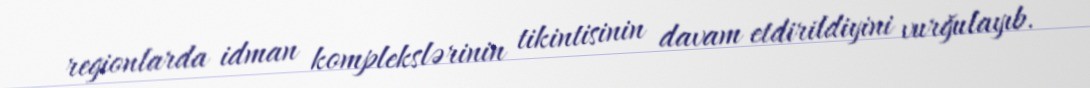
regionlarda idman komplekslərinin tikintisinin davam etdirildiyini vurğulayıb.